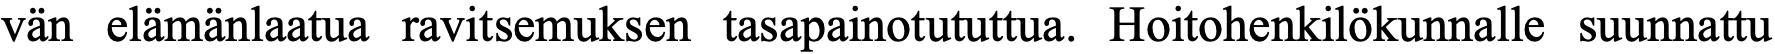
vän elämänlaatua ravitsemuksen tasapainotututtua. Hoitohenkilökunnalle suunnattu